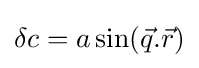
\delta c=a\sin({\vec {q}}.{\vec {r}})